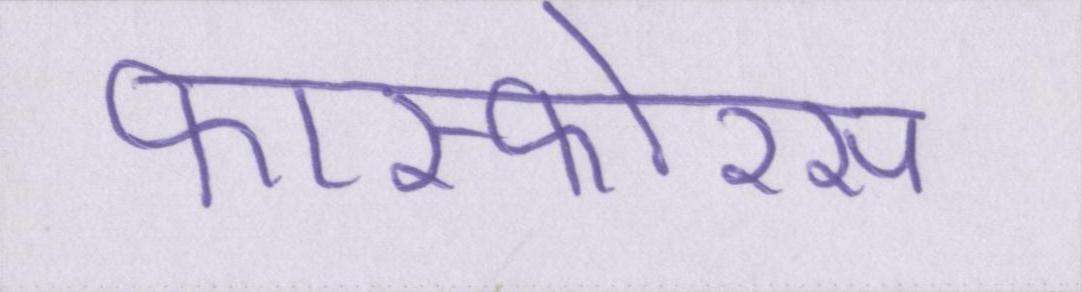
फास्फोरस